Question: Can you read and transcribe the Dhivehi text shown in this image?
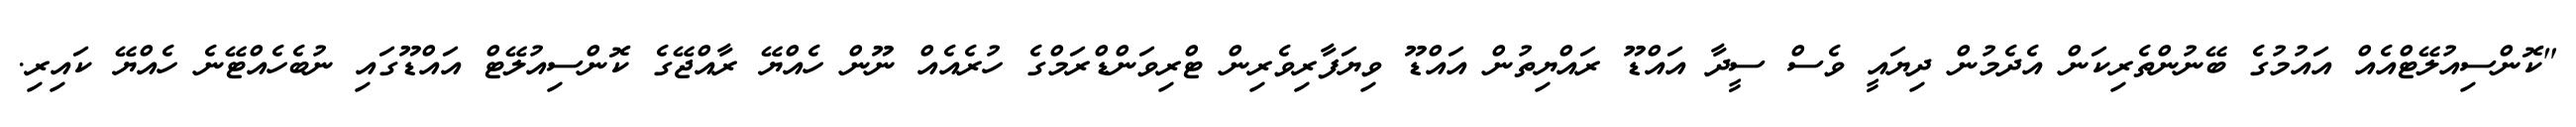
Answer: "ކޮންސިއުލޭޓްއެއް އައުމުގެ ބޭނުންތެރިކަން އެދެމުން ދިޔައީ ވެސް ސީދާ އައްޑޫ ރައްޔިތުން އައްޑޫ ވިޔަފާރިވެރިން ޓްރިވަންޑްރަމްގެ ހުރެއެއް ނޫން ހެއްޔޭ ރާއްޖޭގެ ކޮންސިއުލޭޓް އައްޑޫގައި ނުބެހެއްޓޭނެ ހެއްޔޭ ކައިރި.